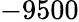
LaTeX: -9500